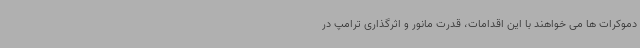
دموکرات ها می خواهند با این اقدامات، قدرت مانور و اثرگذاری ترامپ در